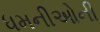
ધમનીઓની